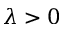
\lambda > 0